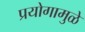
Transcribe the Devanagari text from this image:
प्रयोगामुळे